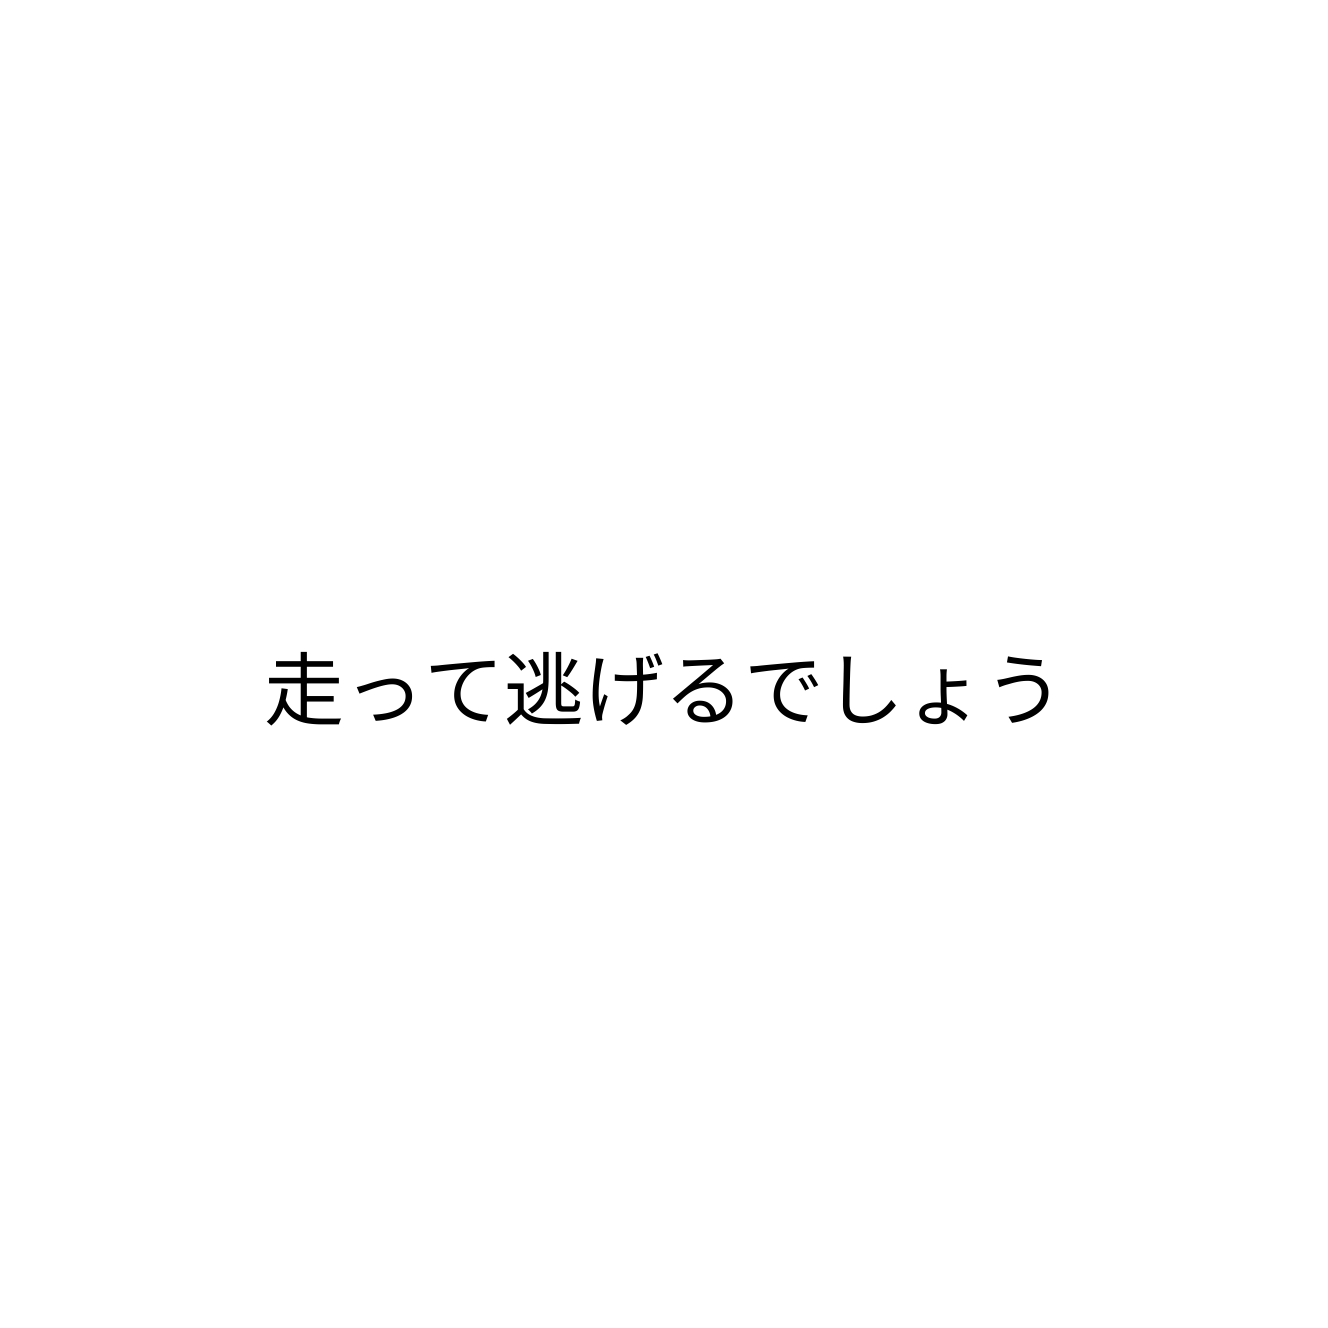
走って逃げるでしょう